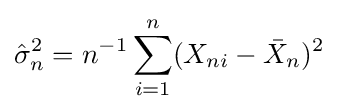
{\hat {\sigma }}_{n}^{2}=n^{-1}\sum _{i=1}^{n}(X_{ni}-{\bar {X}}_{n})^{2}